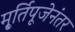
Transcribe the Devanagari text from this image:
मू्र्तिपूजेनंतर